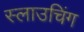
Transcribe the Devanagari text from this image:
स्लाउचिंग